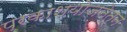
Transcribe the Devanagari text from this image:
प्रकाशयोजनेतून